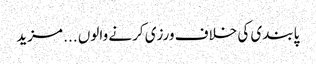
پابندی کی خلاف ورزی کرنے والوں ... مزید